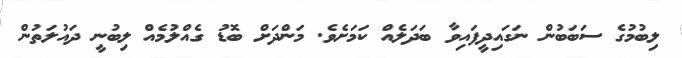
ލިބުމުގެ ސަބަބުން ނަގައިދީފައިވާ ބަދަލެއް ކަމަށެވެ. މަންދަށް ބޮޑު ގެއްލުމެއް ލިބުނީ ދައުލަތުން